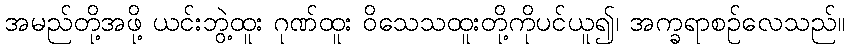
အမည်တို့အဖို့ ယင်းဘွဲ့ထူး ဂုဏ်ထူး ဝိသေသထူးတို့ကိုပင်ယူ၍၊ အက္ခရာစဉ်လေသည်။